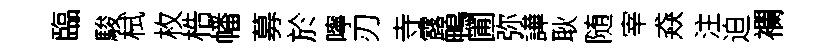
臨駿栻枚梏幡募於嚀刃寺露鴨圃弥譁耿随宰猋注迫襴